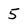
Character: 5